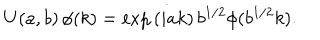
LaTeX: U ( a , b ) \, \phi ( k ) = \exp { ( i a k ) } \, b ^ { 1 / 2 } \phi ( b ^ { 1 / 2 } k ) .